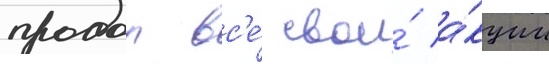
продал вс'е́ свои́ а́кции